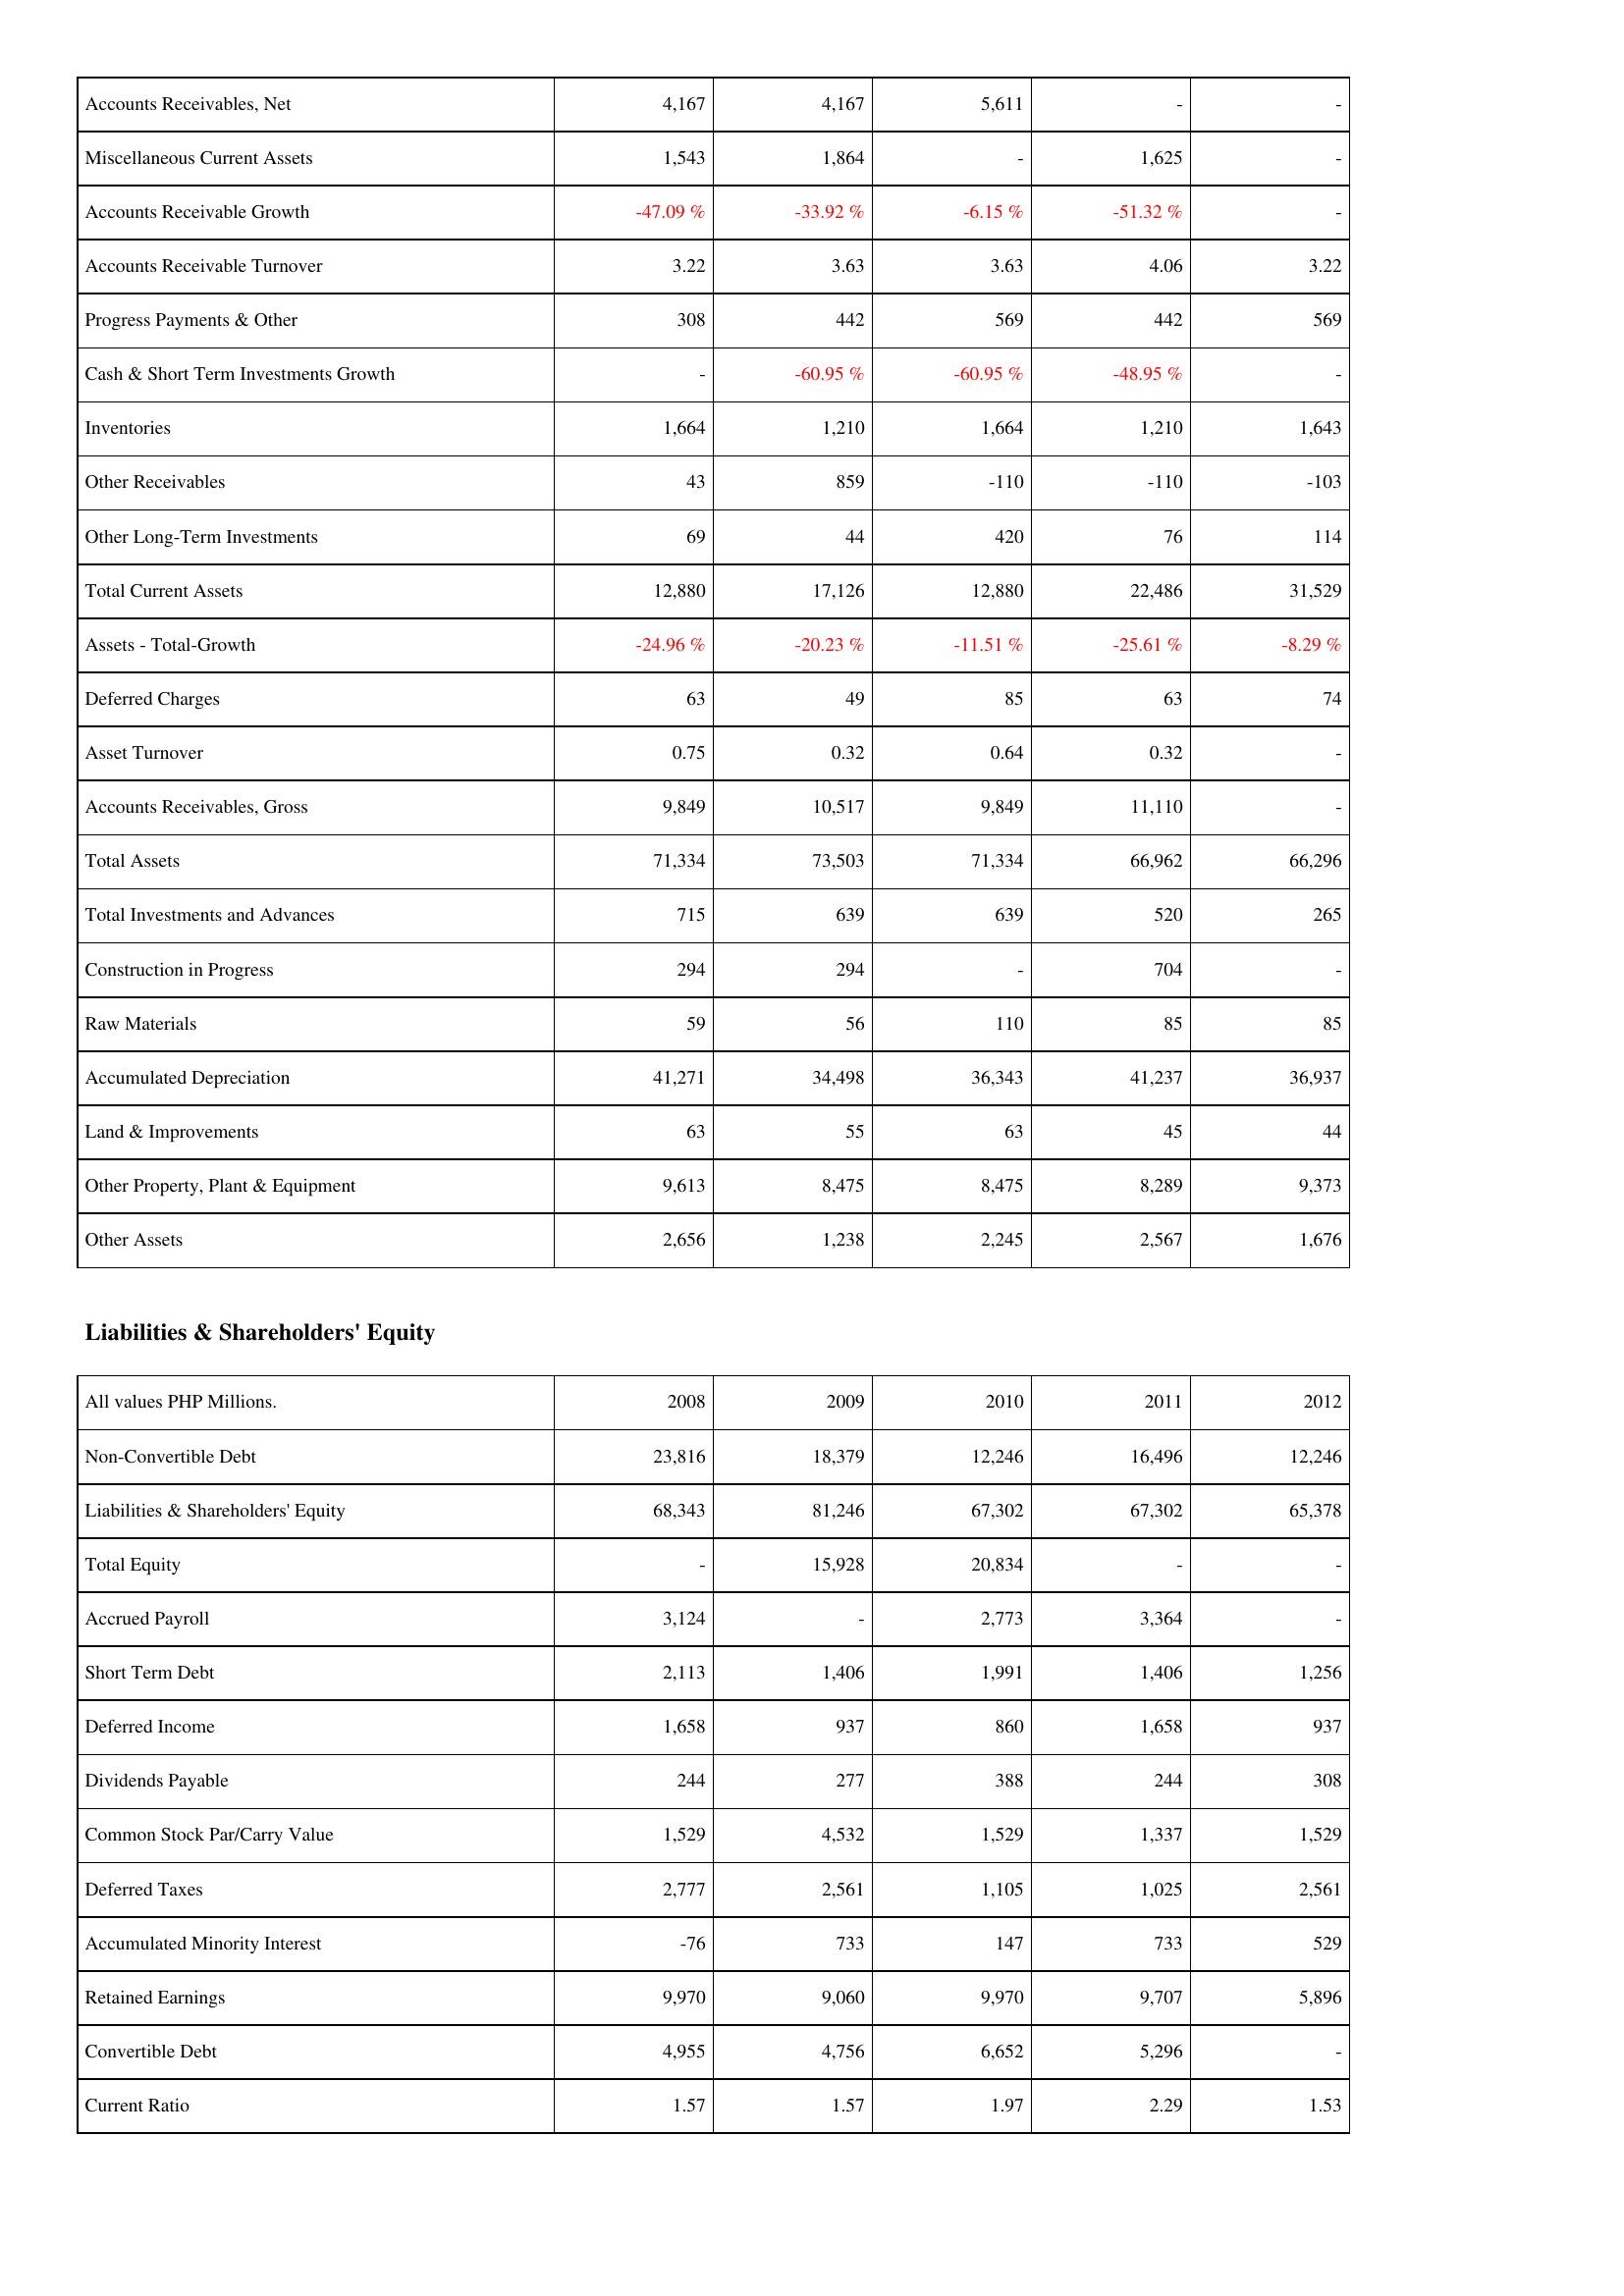
2008: Assets: Accounts Receivables, Net: 4,167
Miscellaneous Current Assets: 1,543
Accounts Receivable Growth: -47.09 %
Accounts Receivable Turnover: 3.22
Progress Payments & Other: 308
Cash & Short Term Investments Growth: -
Inventories: 1,664
Other Receivables: 43
Other Long-Term Investments: 69
Total Current Assets: 12,880
Assets - Total-Growth: -24.96 %
Deferred Charges: 63
Asset Turnover: 0.75
Accounts Receivables, Gross: 9,849
Total Assets: 71,334
Total Investments and Advances: 715
Construction in Progress: 294
Raw Materials: 59
Accumulated Depreciation: 41,271
Land & Improvements: 63
Other Property, Plant & Equipment: 9,613
Other Assets: 2,656
Liabilities & Shareholders' Equity: Non-Convertible Debt: 23,816
Liabilities & Shareholders' Equity: 68,343
Total Equity: -
Accrued Payroll: 3,124
Short Term Debt: 2,113
Deferred Income: 1,658
Dividends Payable: 244
Common Stock Par/Carry Value: 1,529
Deferred Taxes: 2,777
Accumulated Minority Interest: -76
Retained Earnings: 9,970
Convertible Debt: 4,955
Current Ratio: 1.57
2009: Assets: Accounts Receivables, Net: 4,167
Miscellaneous Current Assets: 1,864
Accounts Receivable Growth: -33.92 %
Accounts Receivable Turnover: 3.63
Progress Payments & Other: 442
Cash & Short Term Investments Growth: -60.95 %
Inventories: 1,210
Other Receivables: 859
Other Long-Term Investments: 44
Total Current Assets: 17,126
Assets - Total-Growth: -20.23 %
Deferred Charges: 49
Asset Turnover: 0.32
Accounts Receivables, Gross: 10,517
Total Assets: 73,503
Total Investments and Advances: 639
Construction in Progress: 294
Raw Materials: 56
Accumulated Depreciation: 34,498
Land & Improvements: 55
Other Property, Plant & Equipment: 8,475
Other Assets: 1,238
Liabilities & Shareholders' Equity: Non-Convertible Debt: 18,379
Liabilities & Shareholders' Equity: 81,246
Total Equity: 15,928
Accrued Payroll: -
Short Term Debt: 1,406
Deferred Income: 937
Dividends Payable: 277
Common Stock Par/Carry Value: 4,532
Deferred Taxes: 2,561
Accumulated Minority Interest: 733
Retained Earnings: 9,060
Convertible Debt: 4,756
Current Ratio: 1.57
2010: Assets: Accounts Receivables, Net: 5,611
Miscellaneous Current Assets: -
Accounts Receivable Growth: -6.15 %
Accounts Receivable Turnover: 3.63
Progress Payments & Other: 569
Cash & Short Term Investments Growth: -60.95 %
Inventories: 1,664
Other Receivables: -110
Other Long-Term Investments: 420
Total Current Assets: 12,880
Assets - Total-Growth: -11.51 %
Deferred Charges: 85
Asset Turnover: 0.64
Accounts Receivables, Gross: 9,849
Total Assets: 71,334
Total Investments and Advances: 639
Construction in Progress: -
Raw Materials: 110
Accumulated Depreciation: 36,343
Land & Improvements: 63
Other Property, Plant & Equipment: 8,475
Other Assets: 2,245
Liabilities & Shareholders' Equity: Non-Convertible Debt: 12,246
Liabilities & Shareholders' Equity: 67,302
Total Equity: 20,834
Accrued Payroll: 2,773
Short Term Debt: 1,991
Deferred Income: 860
Dividends Payable: 388
Common Stock Par/Carry Value: 1,529
Deferred Taxes: 1,105
Accumulated Minority Interest: 147
Retained Earnings: 9,970
Convertible Debt: 6,652
Current Ratio: 1.97
2011: Assets: Accounts Receivables, Net: -
Miscellaneous Current Assets: 1,625
Accounts Receivable Growth: -51.32 %
Accounts Receivable Turnover: 4.06
Progress Payments & Other: 442
Cash & Short Term Investments Growth: -48.95 %
Inventories: 1,210
Other Receivables: -110
Other Long-Term Investments: 76
Total Current Assets: 22,486
Assets - Total-Growth: -25.61 %
Deferred Charges: 63
Asset Turnover: 0.32
Accounts Receivables, Gross: 11,110
Total Assets: 66,962
Total Investments and Advances: 520
Construction in Progress: 704
Raw Materials: 85
Accumulated Depreciation: 41,237
Land & Improvements: 45
Other Property, Plant & Equipment: 8,289
Other Assets: 2,567
Liabilities & Shareholders' Equity: Non-Convertible Debt: 16,496
Liabilities & Shareholders' Equity: 67,302
Total Equity: -
Accrued Payroll: 3,364
Short Term Debt: 1,406
Deferred Income: 1,658
Dividends Payable: 244
Common Stock Par/Carry Value: 1,337
Deferred Taxes: 1,025
Accumulated Minority Interest: 733
Retained Earnings: 9,707
Convertible Debt: 5,296
Current Ratio: 2.29
2012: Assets: Accounts Receivables, Net: -
Miscellaneous Current Assets: -
Accounts Receivable Growth: -
Accounts Receivable Turnover: 3.22
Progress Payments & Other: 569
Cash & Short Term Investments Growth: -
Inventories: 1,643
Other Receivables: -103
Other Long-Term Investments: 114
Total Current Assets: 31,529
Assets - Total-Growth: -8.29 %
Deferred Charges: 74
Asset Turnover: -
Accounts Receivables, Gross: -
Total Assets: 66,296
Total Investments and Advances: 265
Construction in Progress: -
Raw Materials: 85
Accumulated Depreciation: 36,937
Land & Improvements: 44
Other Property, Plant & Equipment: 9,373
Other Assets: 1,676
Liabilities & Shareholders' Equity: Non-Convertible Debt: 12,246
Liabilities & Shareholders' Equity: 65,378
Total Equity: -
Accrued Payroll: -
Short Term Debt: 1,256
Deferred Income: 937
Dividends Payable: 308
Common Stock Par/Carry Value: 1,529
Deferred Taxes: 2,561
Accumulated Minority Interest: 529
Retained Earnings: 5,896
Convertible Debt: -
Current Ratio: 1.53